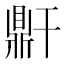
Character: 𪔆